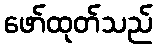
ဖော်ထုတ်သည်